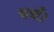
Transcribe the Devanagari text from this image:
पर्च।